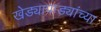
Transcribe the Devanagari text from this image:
खेड्यापाड्यांच्या